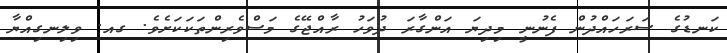
ކަނޑުގެ ސަރަހައްދުން ފެނުނީ މިދިޔަ އަންގާރަ ދުވަހު ރާއްޖޭގެ މަސްވެރިންތަކަކަށެވެ. ގއ. ވިލިނގިއްޔާ